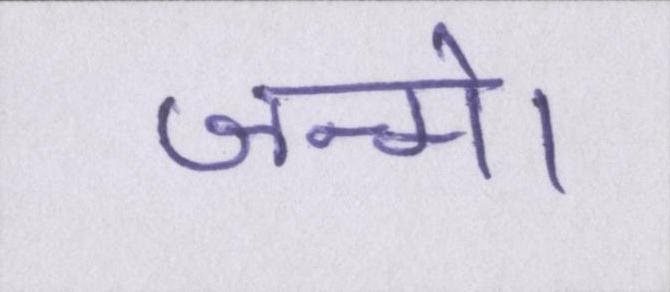
जन्मे।